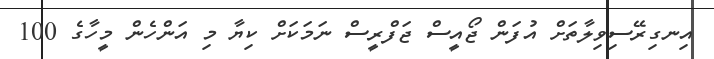
އިނގިރޭސިވިލާތަށް އުފަން ޖޯއީސް ޖަފްރީސް ނަމަކަށް ކިޔާ މި އަންހެން މީހާގެ 100